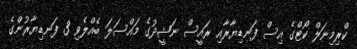
ކްރިމިނަލް ކޯޓްގެ އިސް ފަނޑިޔާރާއި ރައީސް ނަޝީދުގެ މައްސަލަ ބެއްލެވި 3 ފަނޑިޔާރުންގެ